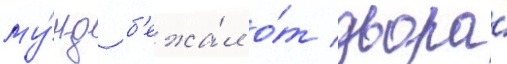
му́нд б'ежа́л о́т двора́